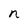
Character: n